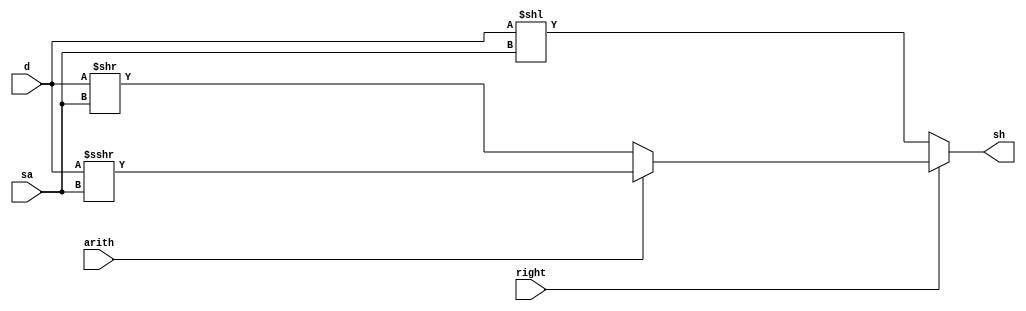
module shift (d,sa,right,arith,sh);
	input [31:0] d;
	input [4:0] sa;
	input 	right,arith;
	output	[31:0] sh;
	reg [31:0]	sh;
	always @* begin
		if(!right)begin
			sh=(d<<sa);
		end else if (!arith) begin
			sh=(d>>sa);
		end else begin
			sh = $signed(d) >>>sa;
		end
	end
	endmodule